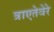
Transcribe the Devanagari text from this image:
त्राएतेवेरे